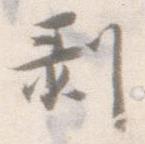
剥